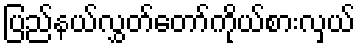
ပြည်နယ်လွှတ်တော်ကိုယ်စားလှယ်